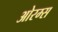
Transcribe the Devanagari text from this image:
ओरम्स